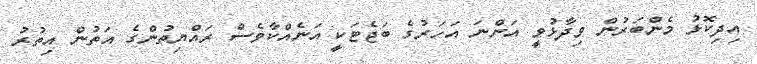
އިދިކޮޅު މެންބަރުން ވިދާޅުވީ އަންނަ އަހަަރުގެ ބަޖެޓަކީ އަނެއްކާވެސް ރައްޔިތުންގެ އަތުން އިތުރު